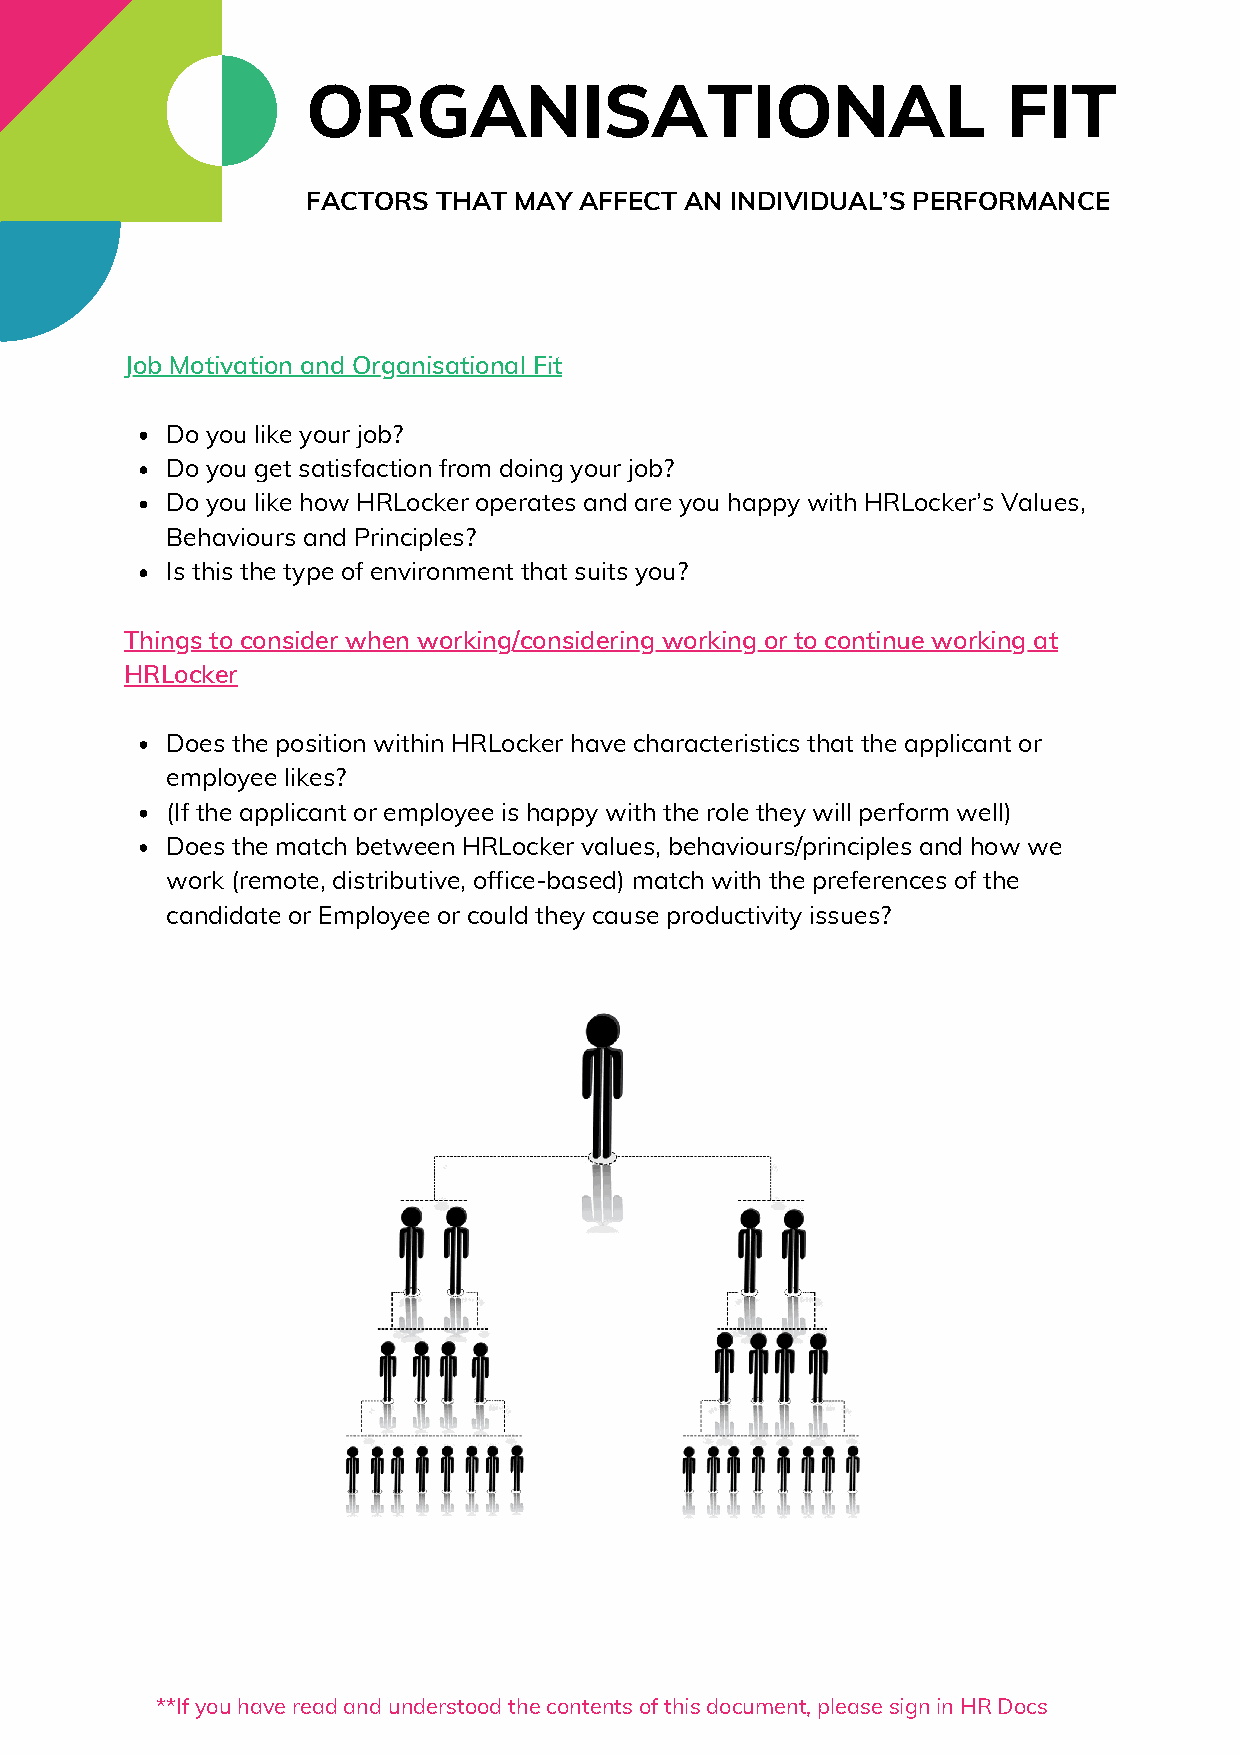
ORGANISATIONAL                                 FIT
 FACTORS  THAT MAY AFFECT AN INDIVIDUAL’S PERFORMANCE
 Job Motivation and Organisational Fit
 Do you like your job?
 Do you get satisfaction from doing your job?
 Do you like how HRLocker operates and are you happy with HRLocker’s Values,
 Behaviours and Principles?
 Is this the type of environment that suits you?
 Things to consider when working/considering working or to continue working at
 HRLocker
 Does the position within HRLocker have characteristics that the applicant or
 employee likes?
 (If the applicant or employee is happy with the role they will perform well)
 Does the match between HRLocker values, behaviours/principles and how we
 work (remote, distributive, office-based) match with the preferences of the
 candidate or Employee or could they cause productivity issues?
 **If you have read and understood the contents of this document, please sign in HR Docs